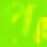
প